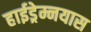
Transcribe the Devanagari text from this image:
हाईड्रेम्नयास